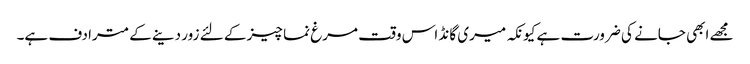
مجھے ابھی جانے کی ضرورت ہے کیونکہ میری گانڈ اس وقت مرغ نما چیز کے لئے زور دینے کے مترادف ہے۔